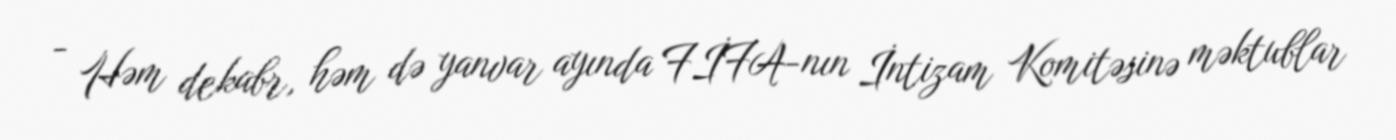
- Həm dekabr, həm də yanvar ayında FİFA-nın İntizam Komitəsinə məktublar